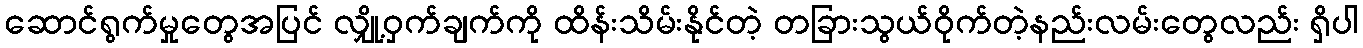
ဆောင်ရွက်မှုတွေအပြင် လျှို့ဝှက်ချက်ကို ထိန်းသိမ်းနိုင်တဲ့ တခြားသွယ်ဝိုက်တဲ့နည်းလမ်းတွေလည်း ရှိပါ